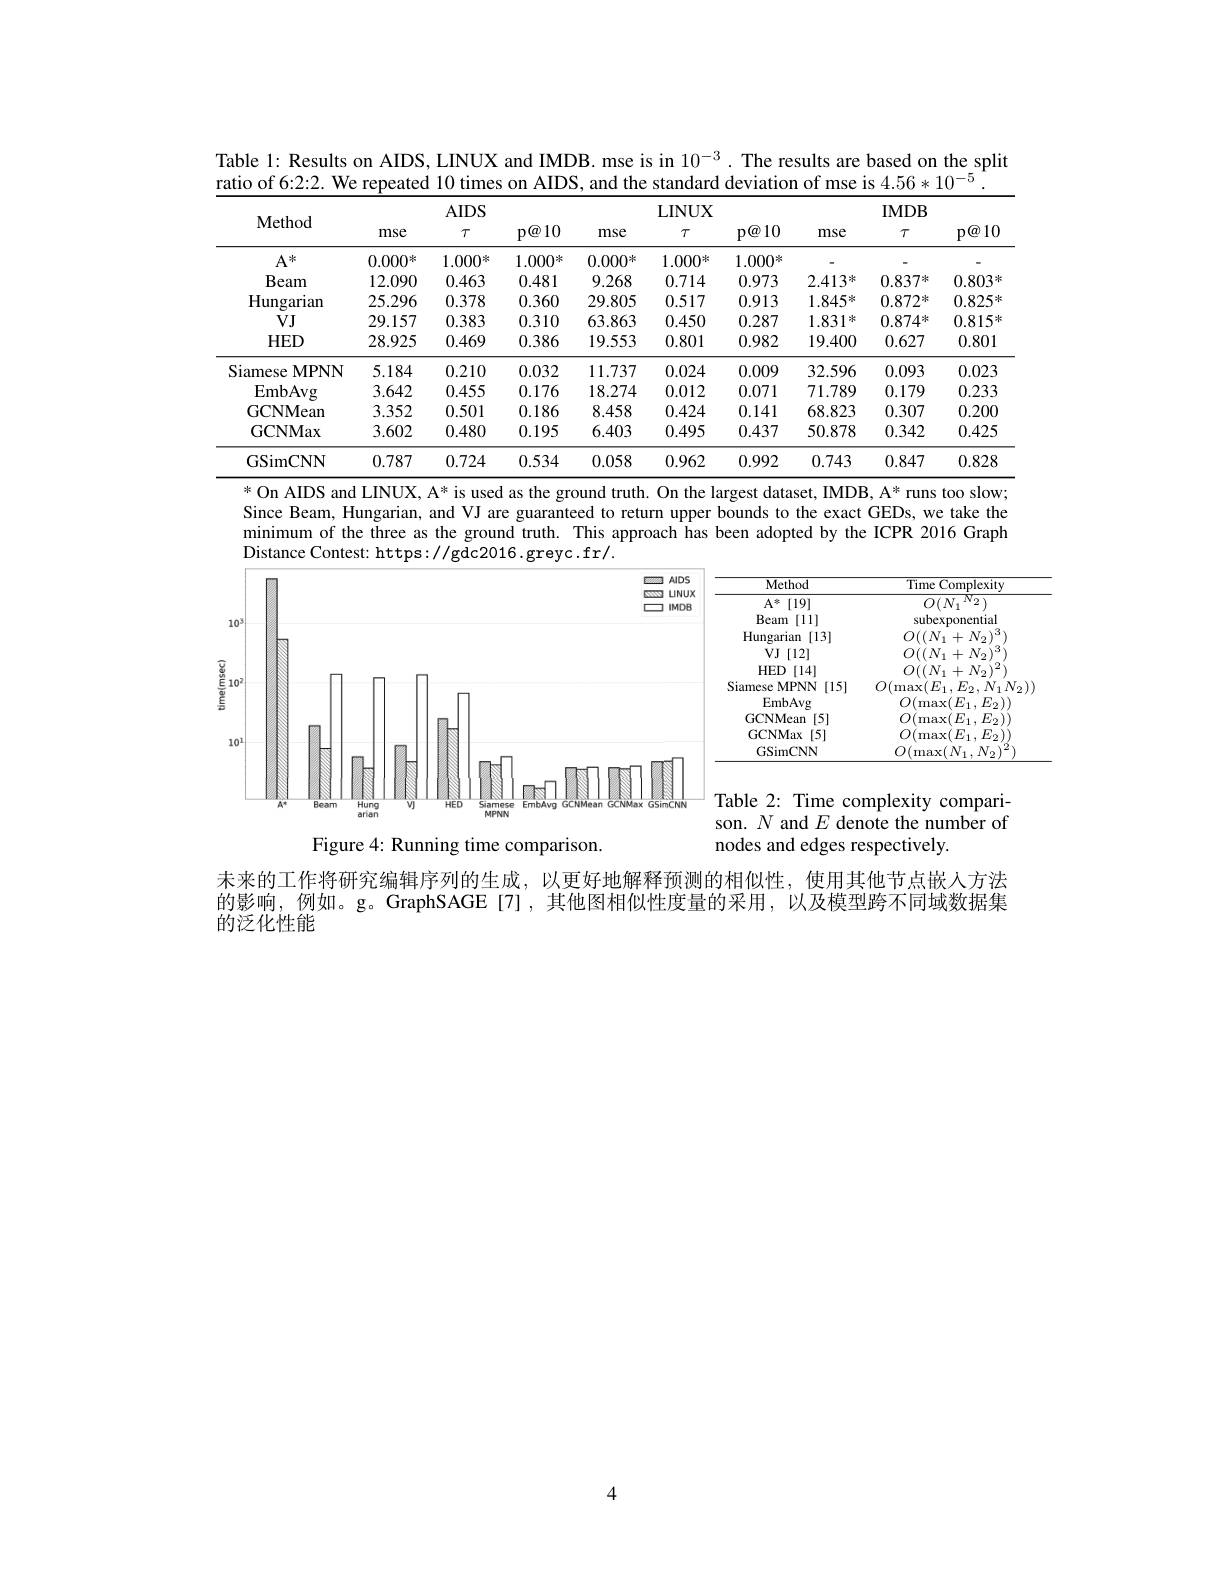
Table 1: Results on AIDS, LINUX and IMDB. mse is in $10^{-3}.$ The results are based on the split
ratio of 6:2:2. We repeated 10 times on AIDS, and the standard deviation of mse is 4.56*10$^{-5}.$

<table>
	<tbody>
		<tr>
			<th rowspan="2">Method</th>
			<th colspan="3">AIDS</th>
			<th colspan="3">LINUX</th>
			<th colspan="3">IMDB</th>
		</tr>
		<tr>
			<th>mse</th>
			<th>$\tau$</th>
			<th>$p\textcircled{a}10$</th>
			<th>mse</th>
			<th>$T$</th>
			<th>$p\textcircled{a}10$</th>
			<th>mse</th>
			<th>$\tau$</th>
			<th>$p\textcircled{a}10$</th>
		</tr>
		<tr>
			<td>$A^{*}$</td>
			<td>$0.000^{*}$</td>
			<td>$1.000^{*}$</td>
			<td>1.000米</td>
			<td>0.000米</td>
			<td>$1.000^{*}$</td>
			<td>$1.000^{*}$</td>
			<td> </td>
			<td> </td>
			<td> </td>
		</tr>
		<tr>
			<td>Beam</td>
			<td>12.090</td>
			<td>0.463</td>
			<td>0.481</td>
			<td>9.268</td>
			<td>0.714</td>
			<td>0.973</td>
			<td>$2.413^{*}$</td>
			<td>0.837米</td>
			<td>$0.803^{*}$</td>
		</tr>
		<tr>
			<td>Hungarian</td>
			<td>25.296</td>
			<td>0.378</td>
			<td>0.360</td>
			<td>29.805</td>
			<td>0.517</td>
			<td>0.913</td>
			<td>$1.845^{*}$</td>
			<td>$0.872^{*}$</td>
			<td>$0.825^{*}$</td>
		</tr>
		<tr>
			<td>$VJ$</td>
			<td>29.157</td>
			<td>0.383</td>
			<td>0.310</td>
			<td>63.863</td>
			<td>0.450</td>
			<td>0.287</td>
			<td>1.831 米</td>
			<td>0.874米</td>
			<td>$0.815^{*}$</td>
		</tr>
		<tr>
			<td>$HED$</td>
			<td>28.925</td>
			<td>0.469</td>
			<td>0.386</td>
			<td>19.553</td>
			<td>0.801</td>
			<td>0.982</td>
			<td>19.400</td>
			<td>0.627</td>
			<td>0.801</td>
		</tr>
		<tr>
			<td>Siamese $\mathbf{MPNN}$</td>
			<td>5.184</td>
			<td>0.210</td>
			<td>0.032</td>
			<td>11.737</td>
			<td>0.024</td>
			<td>0.009</td>
			<td>32.596</td>
			<td>0.093</td>
			<td>0.023</td>
		</tr>
		<tr>
			<td>EmbAvg</td>
			<td>3.642</td>
			<td>0.455</td>
			<td>0.176</td>
			<td>18.274</td>
			<td>0.012</td>
			<td>0.071</td>
			<td>71.789</td>
			<td>0.179</td>
			<td>0.233</td>
		</tr>
		<tr>
			<td>GCNMean</td>
			<td>3.352</td>
			<td>0.501</td>
			<td>0.186</td>
			<td>8.458</td>
			<td>0.424</td>
			<td>0.141</td>
			<td>68.823</td>
			<td>0.307</td>
			<td>0.200</td>
		</tr>
		<tr>
			<td>GCNMax</td>
			<td>3.602</td>
			<td>0.480</td>
			<td>0.195</td>
			<td>6.403</td>
			<td>0.495</td>
			<td>0.437</td>
			<td>50.878</td>
			<td>0.342</td>
			<td>0.425</td>
		</tr>
		<tr>
			<td>GSimCNN</td>
			<td>0.787</td>
			<td>0.724</td>
			<td>0.534</td>
			<td>0.058</td>
			<td>0.962</td>
			<td>0.992</td>
			<td>0.743</td>
			<td>0.847</td>
			<td>0.828</td>
		</tr>
	</tbody>
</table>

$^*$On AIDS and LINUX, A* is used as the ground truth. On the largest dataset, IMDB, A* runs too slow; Since Beam, Hungarian, and VJ are guaranteed to return upper bounds to the exact GEDs, we take the minimum of the three as the ground truth. This approach has been adopted by the ICPR 2016 Graph Distance Contest: https: / gdc2016. greyc. fr/.

<FigureHere>

$\because$of
$N$
$E$

nodes and edges respectively.

Figure 4: Running time comparison.

未来的工作将研究编辑序列的生成，以更好地解释预测的相似性，使用其他节点嵌人方法的影响，例如。g。GraphSAGE[7],其他图相似性度量的采用，以及模型跨不同域数据集的泛化性能

4